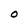
Character: O